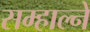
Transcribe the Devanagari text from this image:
सम्हाल्ने